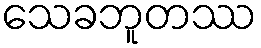
သေခဘူတဿ